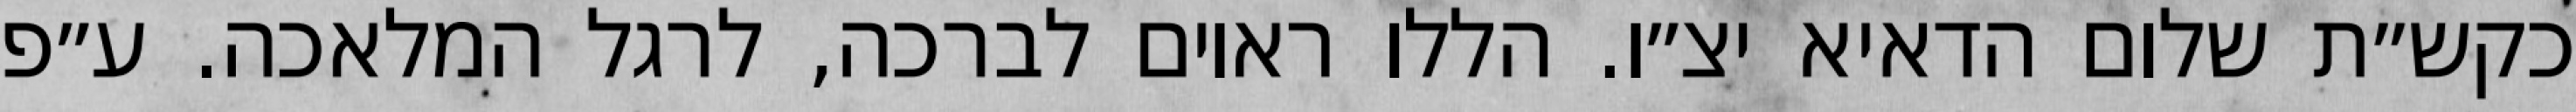
כקש״ת שלום הדאיא יצ״ו. הללו ראוים לברכה, לרגל המלאכה. ע״פ